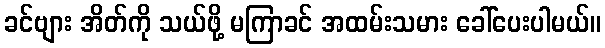
ခင်ဗျား အိတ်ကို သယ်ဖို့ မကြာခင် အထမ်းသမား ခေါ်ပေးပါမယ်။